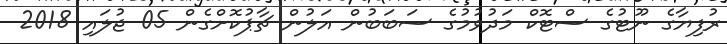
ރުފިޔާގެ ނޫޓުގެ ސްޓޮކް މަދުވުމުގެ ސަބަބުން އަލުން ޗާޕުކޮށްގެން 05 ޖުލައި 2018